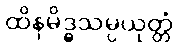
ထိနမိဒ္ဓသမ္ပယုတ္တံ